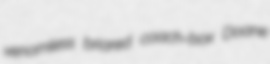
venomless briared coach-box Doane